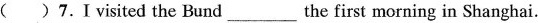
( )7.Ⅰvisited the Bund___ the first morning in Shanghai.